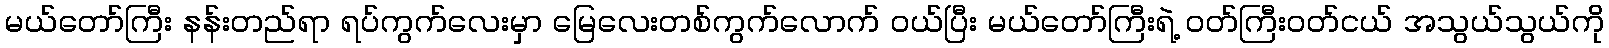
မယ်တော်ကြီး နန်းတည်ရာ ရပ်ကွက်လေးမှာ မြေလေးတစ်ကွက်လောက် ဝယ်ပြီး မယ်တော်ကြီးရဲ့ ဝတ်ကြီးဝတ်ငယ် အသွယ်သွယ်ကို